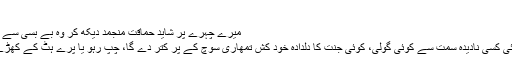
‘‘
میرے چہرے پر شاید حماقت منجمد دیکھ کر وہ بے بسی سے بولا:
‘‘بھائی کسی نادیدہ سمت سے کوئی گولی، کوئی جنت کا دلدادہ خود کش تمھاری سوچ کے پر کتر دے گا، چپ رہو یا پرے ہٹ کے کھڑے ہو۔